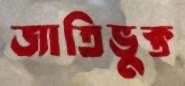
জাতিভুক্ত